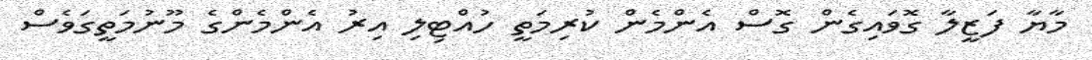
މާޔާ ފަޒީލާ ގޮވައިގެން ގޮސް އެންމެން ކުރިމަތީ ހުއްޓިލި އިރު އެންމެންގެ މޫނުމަތީގަވެސް